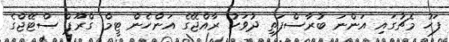
ފަހު މެޗުގައި އަންނަ ބުރާސްފަތި ދުވަހު ރާއްޖޭގެ އަންހެން ޓީމް ގްރޫޕް ސްޓޭޖްގެ